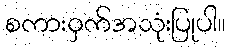
စကားဝှက်အသုံးပြုပါ။